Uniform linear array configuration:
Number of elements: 48
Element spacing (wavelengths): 1
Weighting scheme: blackman
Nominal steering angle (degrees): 30
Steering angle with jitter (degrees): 30.088
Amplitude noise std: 0.05
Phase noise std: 0.05

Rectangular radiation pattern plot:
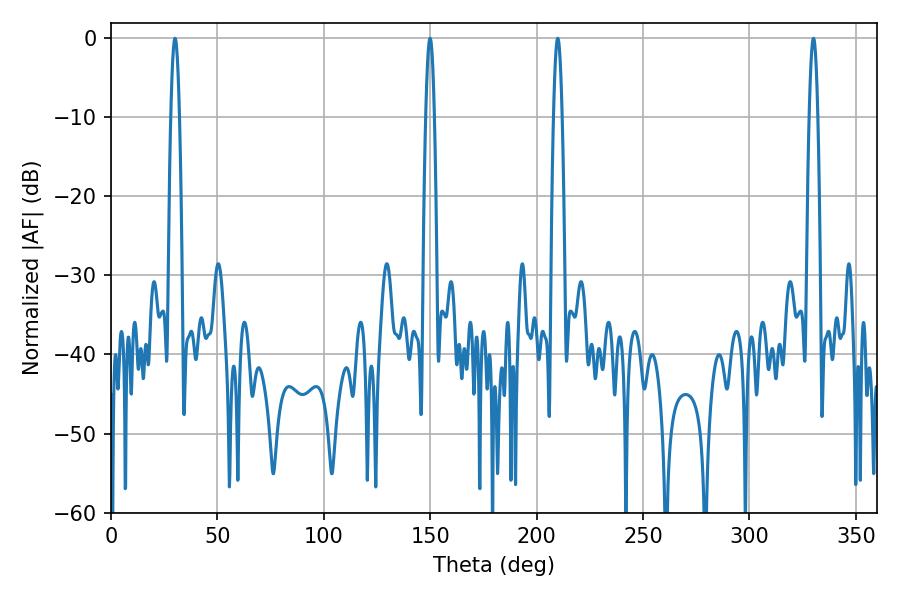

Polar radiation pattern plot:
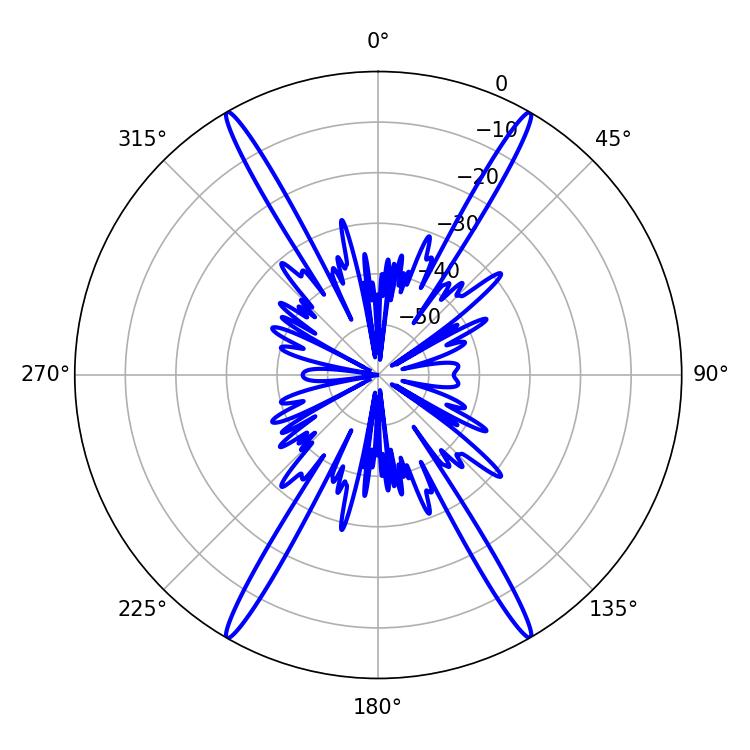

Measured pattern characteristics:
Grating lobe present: TRUE
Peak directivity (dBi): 37.65
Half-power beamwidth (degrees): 2.16
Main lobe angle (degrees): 30.06